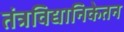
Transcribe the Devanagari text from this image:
तंत्रविद्यानिकेतन